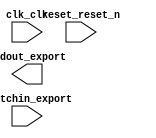

module qsystop (
	clk_clk,
	reset_reset_n,
	ledout_export,
	switchin_export);	

	input		clk_clk;
	input		reset_reset_n;
	output	[7:0]	ledout_export;
	input	[7:0]	switchin_export;
endmodule